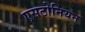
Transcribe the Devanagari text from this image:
एसटोनियन